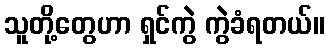
သူတို့တွေဟာ ရှင်ကွဲ ကွဲခံရတယ်။